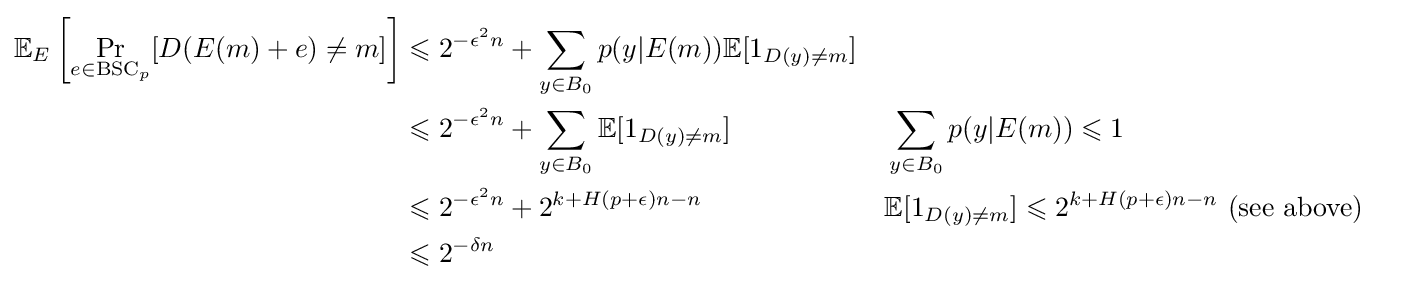
{\begin{aligned}\mathbb {E} _{E}\left[\Pr _{e\in {\text{BSC}}_{p}}[D(E(m)+e)\neq m]\right]&\leqslant 2^{-{\epsilon ^{2}}n}+\sum _{y\in B_{0}}p(y|E(m))\mathbb {E} [1_{D(y)\neq m}]\\&\leqslant 2^{-{\epsilon ^{2}}n}+\sum _{y\in B_{0}}\mathbb {E} [1_{D(y)\neq m}]&&\sum _{y\in B_{0}}p(y|E(m))\leqslant 1\\&\leqslant 2^{-{\epsilon ^{2}}n}+2^{k+H(p+\epsilon )n-n}&&\mathbb {E} [1_{D(y)\neq m}]\leqslant 2^{k+H(p+\epsilon )n-n}{\text{ (see above)}}\\&\leqslant 2^{-\delta n}\end{aligned}}